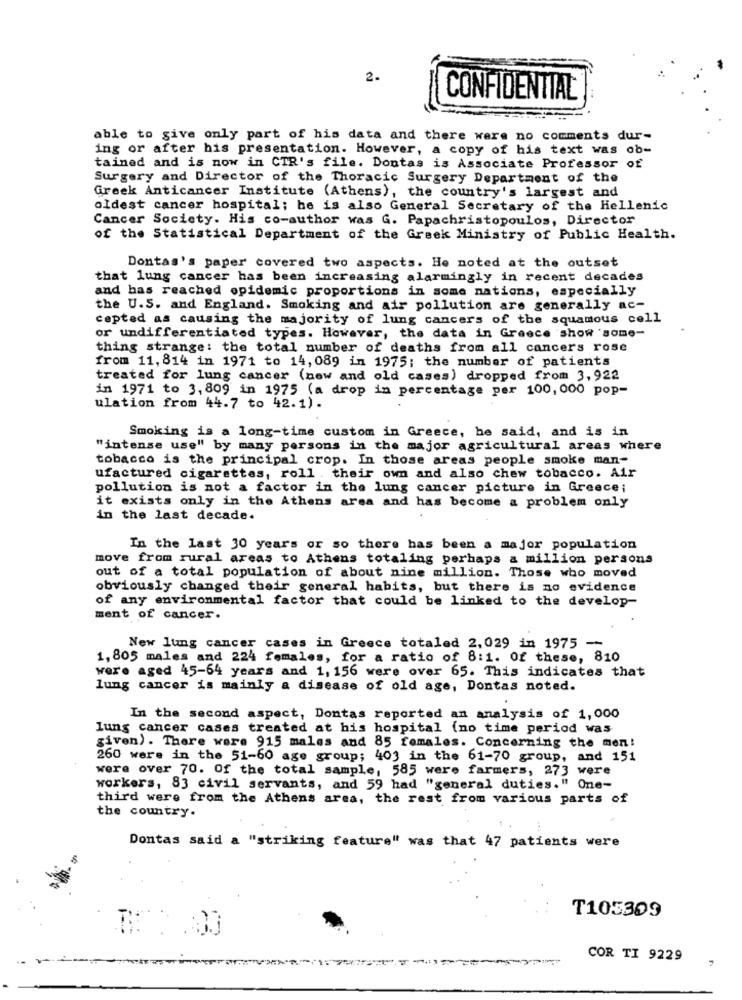
2.
CONFIDENTIAL
able to give only part of his data and there were no comments dur-
ing or after his presentation. However, a copy of his text was ob-
tained and is now in CIR's file. Dontas is Associate Professor of
Surgery and Director of the Thoracic Surgery Department of the
Greek Anticancer Institute (Athens), the country's largest and
oldest cancer hospital; he is also General Secretary of the Hellenic
Cancer Society. His co-author was G. Papachristopoulos, Director
of the Statistical Department of the Greek Ministry of Public Health.
Dontas's paper covered two aspects. He noted at the outset
that lung cancer has been increasing alarmingly in recent decades
and has reached epidemic proportions in some nations, especially
the U.S. and England. Smoking and air pollution are generally ac-
cepted as causing the majority of lung cancers of the squamous cell
or undifferentiated types. However, the data in Greece show some-
thing strange: the total number of deaths from all cancers rose
from 11, 814 in 1971 to 14, 089 in 1975; the number of patients
treated for lung cancer (new and old cases) dropped from 3, 922
in 1971 to 3,809 in 1975 (a drop in percentage per 100,000 pop-
ulation from 44.7 to 42.1).
Smoking is a long-time custom in Greece, he said, and is in
"intense use" by many persons in the major agricultural areas where
tobacco is the principal crop. In those areas people smoke man-
ufactured cigarettes, roll their own and also chew tobacco. Air
pollution is not a factor in the lung cancer picture in Greece;
it exists only in the Athens area and has become a problem only
in the last decade.
In the last 30 years or so there has been a major population
move from rural areas to Athens totaling perhaps a million persons
out of a total population of about nine million. Those who moved
obviously changed their general habits, but there is no evidence
of any environmental factor that could be linked to the develop-
ment of cancer.
New lung cancer cases in Greece totaled 2,029 in 1975 --
1, 805 males and 224 females, for a ratio of 8:1. Of these, 810
wer'e aged 45-64 years and 1, 156 were over 65. This indicates that
lung cancer is mainly a disease of old age, Dontas noted.
In the second aspect, Dontas reported an analysis of 1,000
lung cancer cases treated at his hospital (no time period was
given). There were 915 males and 85 females. Concerning the men!
260 were in the 51-60 age group; 403 in the 61-70 group, and 151
were over 70. Of the total sample, 585 were farmers, 273 were
workers, 83 civil servants, and 59 had "general duties." One-
third were from the Athens area, the rest from various parts of
the country.
Dontas said a "striking feature" was that 47 patients were
T105309
COR TI 9229